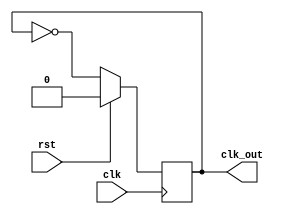
/******************************
    Frequency Divider by 2
******************************/

module freq_div_2(clk_out,clk,rst);
input clk,rst;
output reg clk_out;

always @(posedge clk) begin
    if(rst)
        clk_out <= 0;
    else
        clk_out <= ~clk_out;
end

endmodule